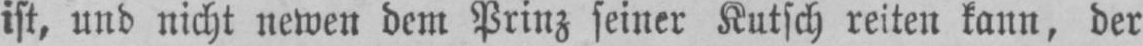
ist, und nicht newen dem Prinz seiner Kutsch reiten kann, der